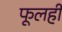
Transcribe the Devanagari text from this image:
फूलही